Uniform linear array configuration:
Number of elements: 8
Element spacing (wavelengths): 0.25
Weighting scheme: cosine
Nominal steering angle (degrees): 30
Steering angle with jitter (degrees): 30.801
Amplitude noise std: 0.05
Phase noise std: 0.05

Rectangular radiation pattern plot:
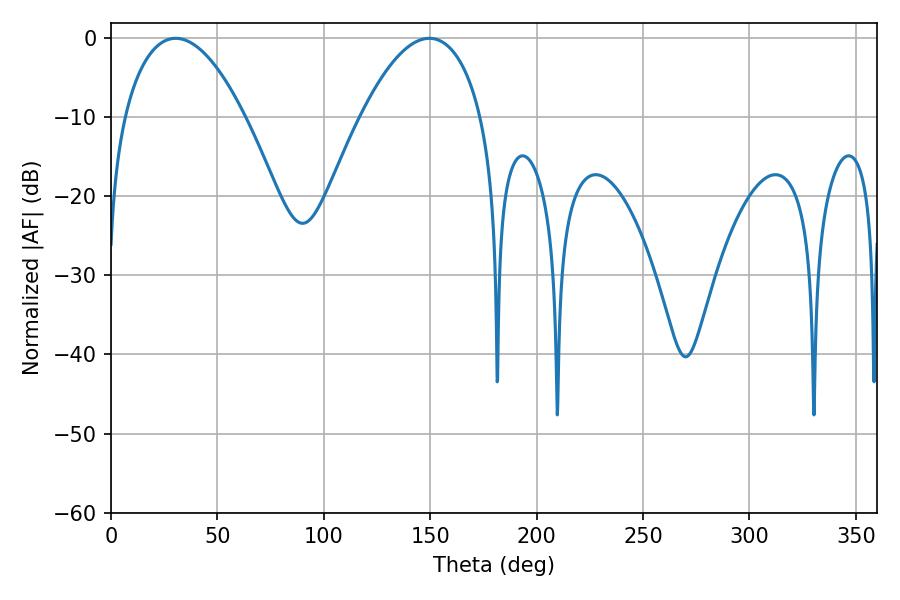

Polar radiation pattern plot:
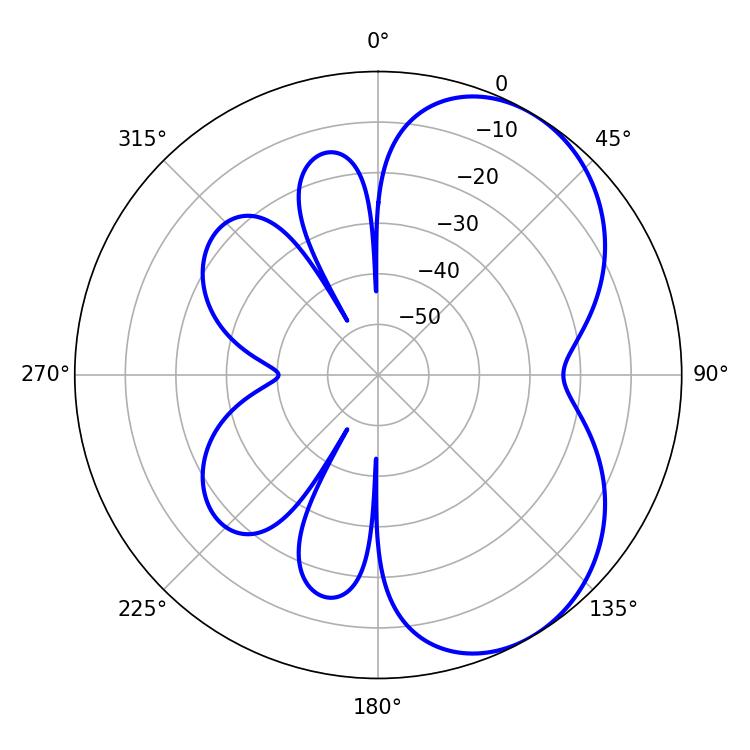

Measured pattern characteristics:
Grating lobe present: FALSE
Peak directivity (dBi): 5.165
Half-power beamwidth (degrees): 31.5
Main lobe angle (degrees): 30.42